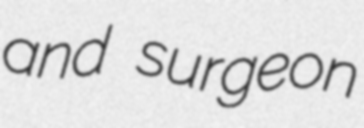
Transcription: and surgeon